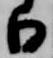
日